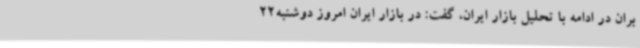
بران در ادامه با تحلیل بازار ایران، گفت: در بازار ایران امروز دوشنبه22